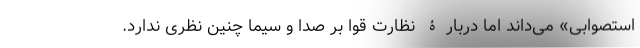
استصوابی» می‌داند اما دربارۀ نظارت قوا بر صدا و سیما چنین نظری ندارد.